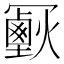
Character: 𠖣